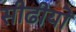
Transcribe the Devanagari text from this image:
सीढीयों